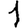
Digit: 1